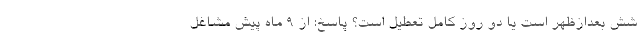
شش بعدازظهر است یا دو روز کامل تعطیل است؟ پاسخ: از ۹ ماه پیش مشاغل